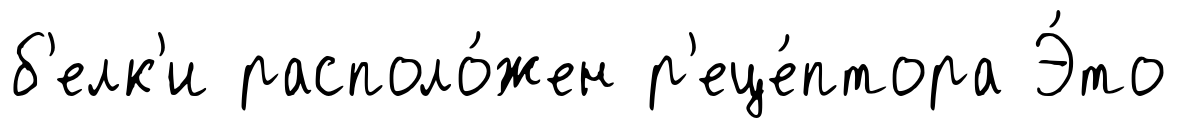
б'елк'и располо́жен р'еце́птора Э́то